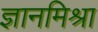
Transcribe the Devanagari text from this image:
ज्ञानमिश्रा